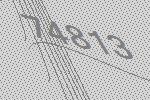
74813